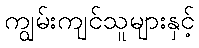
ကျွမ်းကျင်သူများနှင့်